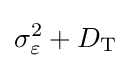
\sigma _{\varepsilon }^{2}+D_{\text{T}}